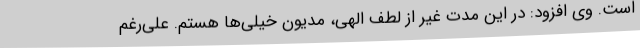
است. وی افزود: در این مدت غیر از لطف الهی، مدیون خیلی‌ها هستم. علی‌رغم